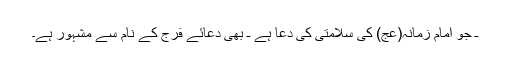
ـ جو امام زمانہ(عج) کی سلامتی کی دعا ہے ـ بھی دعائے فَرَج کے نام سے مشہور ہے۔